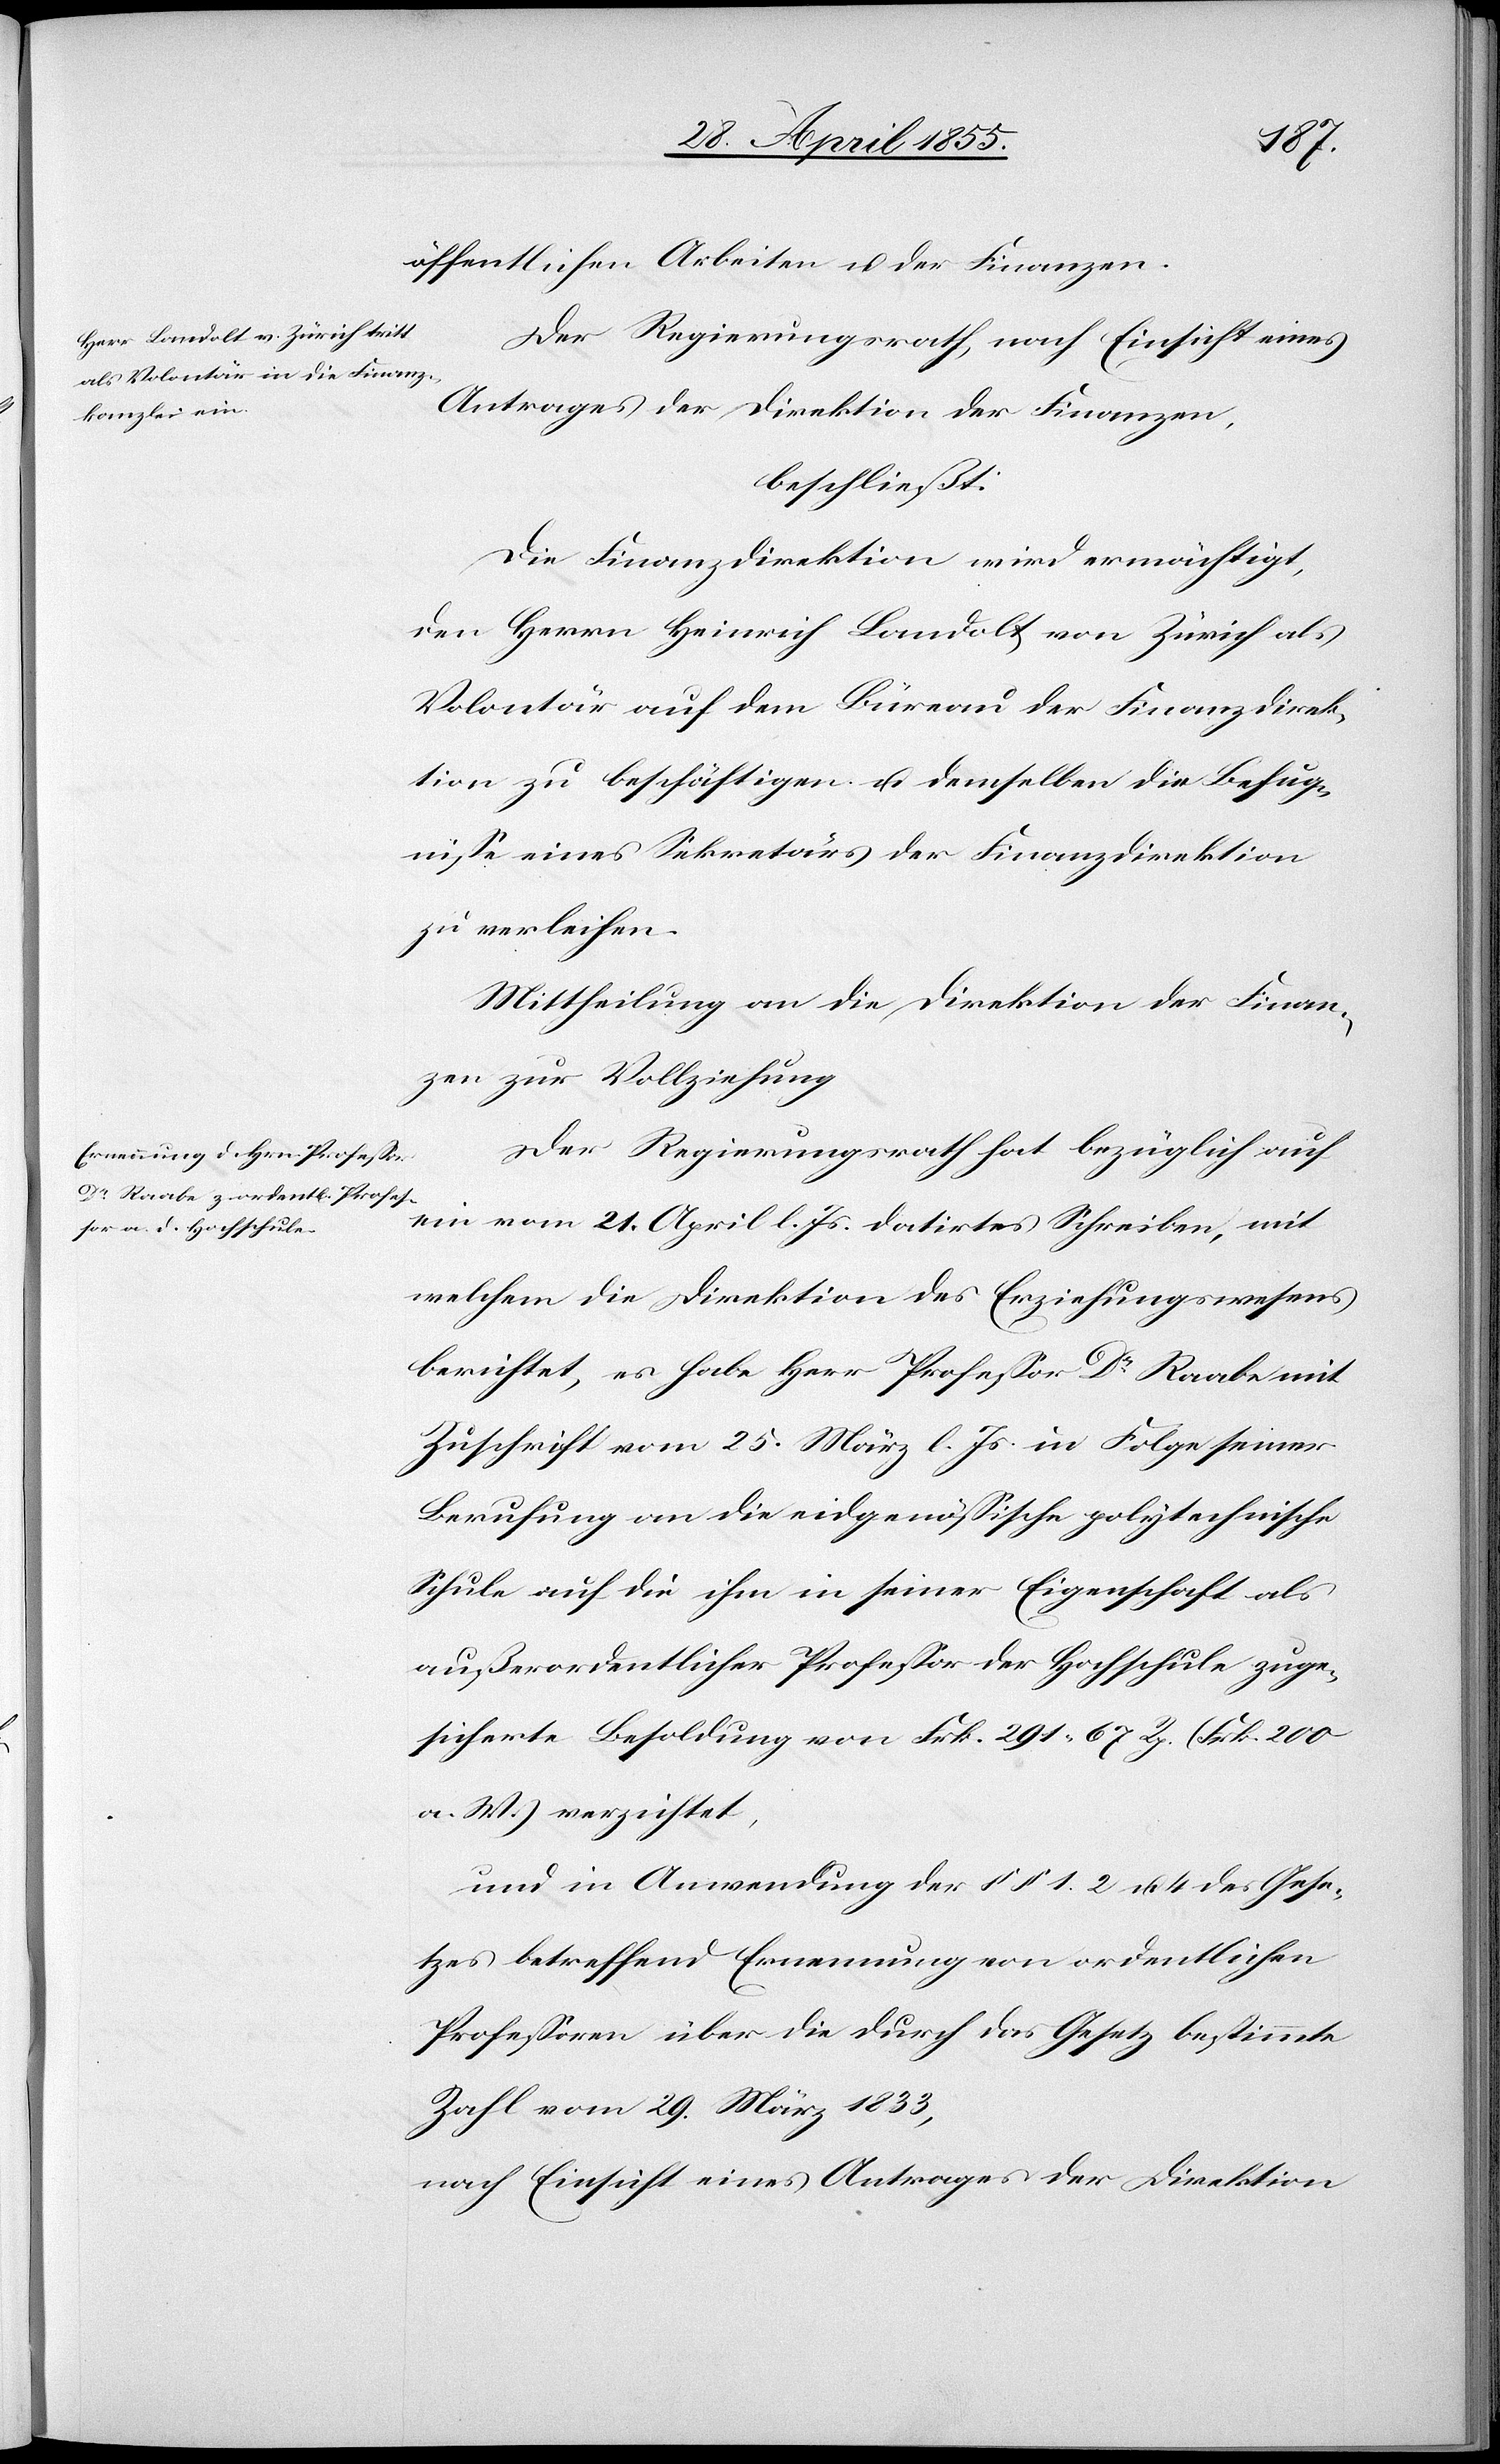
öffentlichen Arbeiten u. der Finanzen.
Der Regierungsrath, nach Einsicht eines
Antrages der Direktion der Finanzen,
beschließt:
Die Finanzdirektion wird ermächtigt,
den Herrn Heinrich Landolt von Zürich als
Volontär auf dem Büreau der Finanzdirek¬
tion zu beschäftigen u. demselben die Befug¬
nisse eines Sekretärs der Finanzdirektion
zu verleihen.
Mittheilung an die Direktion der Finan¬
zen zur Vollziehung[.]
Der Regierungsrath hat bezüglich auf
ein vom 21. April l. Js. datirtes Schreiben, mit
welchem die Direktion des Erziehungswesens
berichtet, es habe Herr Professor Dr Raabe mit
Zuschrift vom 25. März l. Js. in Folge seiner
Berufung an die eidgenössische polytechnische
Schule auf die ihm in seiner Eigenschaft als
außerordentlicher Professor der Hochschule zuge¬
sicherte Besoldung von Frk. 291. 67 Rp. (Frk. 200
a. W.) verzichtet,
und in Anwendung der §§ 1. 2 u. 4 des Gese¬
tzes betreffend Ernennung von ordentlichen
Professoren über die durch das Gesetz bestimmte
Zahl vom 29. März 1833,
nach Einsicht eines Antrages der Direktion